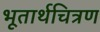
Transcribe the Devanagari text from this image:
भूतार्थचित्रण